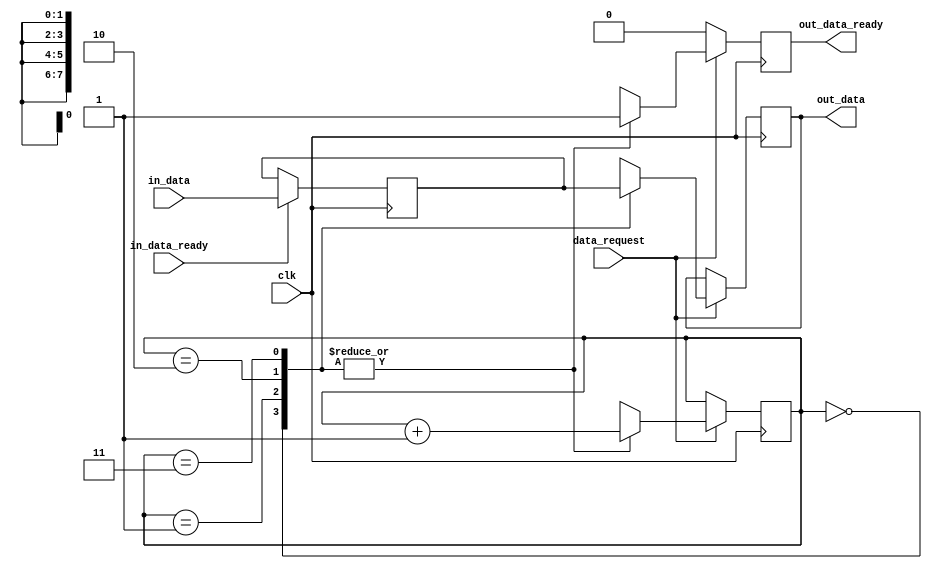
module data_transmitter(
    input clk,
    input [31:0] in_data,
    input in_data_ready,
	 input data_request,
    output reg [7:0] out_data,
    output reg out_data_ready
);

    reg [1:0] byte_counter;
	 reg [31:0] in_data_reg;
	 
    initial begin
        byte_counter = 0;
		  out_data = 0;
		  out_data_ready = 0;
    end

    always @(posedge clk) begin
		  if(out_data_ready == 1'b1)
			out_data_ready <= 1'b0;
        if(data_request == 1'b1) begin
            case (byte_counter)
                2'b00: begin
                    out_data <= in_data_reg[31:24];
                    byte_counter = byte_counter + 1'b1;
                    out_data_ready <= 1'b1;
                end 
                2'b01: begin
                    out_data <= in_data_reg[23:16];
                    byte_counter = byte_counter + 1'b1;
						  out_data_ready <= 1'b1;
                end 
                2'b10: begin
                    out_data <= in_data_reg[15:8];
                    byte_counter = byte_counter + 1'b1;
						  out_data_ready <= 1'b1;
                end 
                2'b11: begin
                    out_data <= in_data_reg[7:0];
                    byte_counter = byte_counter + 1'b1;
                    out_data_ready <= 1'b1;
                end
            endcase
        end
		  if(in_data_ready == 1'b1) begin
			  in_data_reg <= in_data;
		  end
    end
	 
endmodule